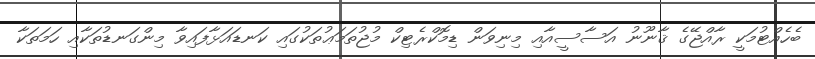
ބެހެއްޓުމަކީ ރާއްޖޭގެ ޤާނޫނު އަސާސީއާއި މިނިވަން ޑިމޮކްރެޓިކް މުޖުތަމަޢުތަކުގައި ކަނޑައަޅާފައިވާ މިންގަނޑުތަކާއި ހަމަތަކާ